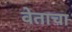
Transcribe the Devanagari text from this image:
वेताचा